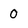
Character: 0